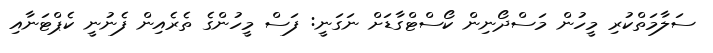
ސަލާމަތްކުރި މީހުން މަސްދޯނިން ކޯސްޓްގާޑަށް ނަގަނީ: ފަސް މީހުންގެ ތެރެއިން ފެނުނީ ކެޕްޓަނާއި